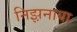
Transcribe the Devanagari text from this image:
निझ़नाया